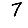
Digit: 7